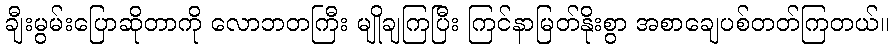
ချီးမွမ်းပြောဆိုတာကို လောဘတကြီး မျိုချကြပြီး ကြင်နာမြတ်နိုးစွာ အစာချေပစ်တတ်ကြတယ်။